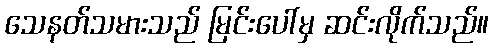
သေနတ်သမားသည် မြင်းပေါ်မှ ဆင်းလိုက်သည်။